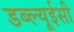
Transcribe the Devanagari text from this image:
डब्ल्यूईसी